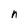
Character: n